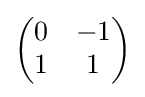
{\begin{pmatrix}0&-1\\1&1\end{pmatrix}}